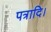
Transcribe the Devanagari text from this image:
पत्रादि।